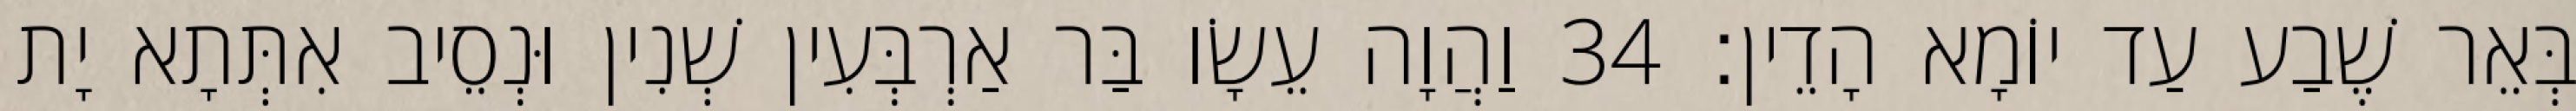
בְּאֵר שֶׁבַע עַד יוֹמָא הָדֵין׃ 34 וַהֲוָה עֵשָׂו בַּר אַרְבְּעִין שְׁנִין וּנְסֵיב אִתְּתָא יָת